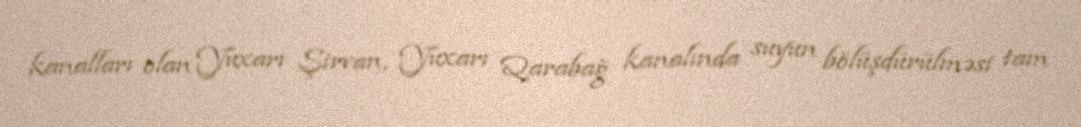
kanalları olan Yuxarı Şirvan, Yuxarı Qarabağ kanalında suyun bölüşdürülməsi tam